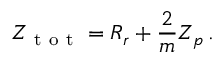
Z _ { \mathrm { ~ t ~ o ~ t ~ } } = R _ { r } + \frac { 2 } { m } Z _ { p } \, .